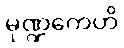
မုဏ္ဍကေဟိ